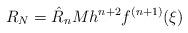
LaTeX: \begin{align*}R_N=\hat{R}_n M h^{n+2} f^{(n+1)}(\xi)\end{align*}